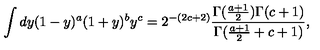
\int d y ( 1 - y ) ^ { a } ( 1 + y ) ^ { b } y ^ { c } = 2 ^ { - ( 2 c + 2 ) } { \frac { \Gamma ( { \frac { a + 1 } { 2 } } ) \Gamma ( c + 1 ) } { \Gamma ( { \frac { a + 1 } { 2 } } + c + 1 ) } } ,